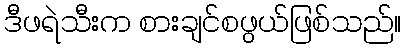
ဒီဖရဲသီးက စားချင်စဖွယ်ဖြစ်သည်။